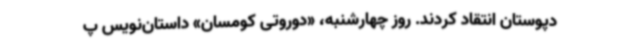
دپوستان انتقاد کردند. روز چهارشنبه، «دوروتی کومسان» داستان‌نویس پ